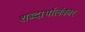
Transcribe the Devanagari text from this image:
शब्दार्थालंकार